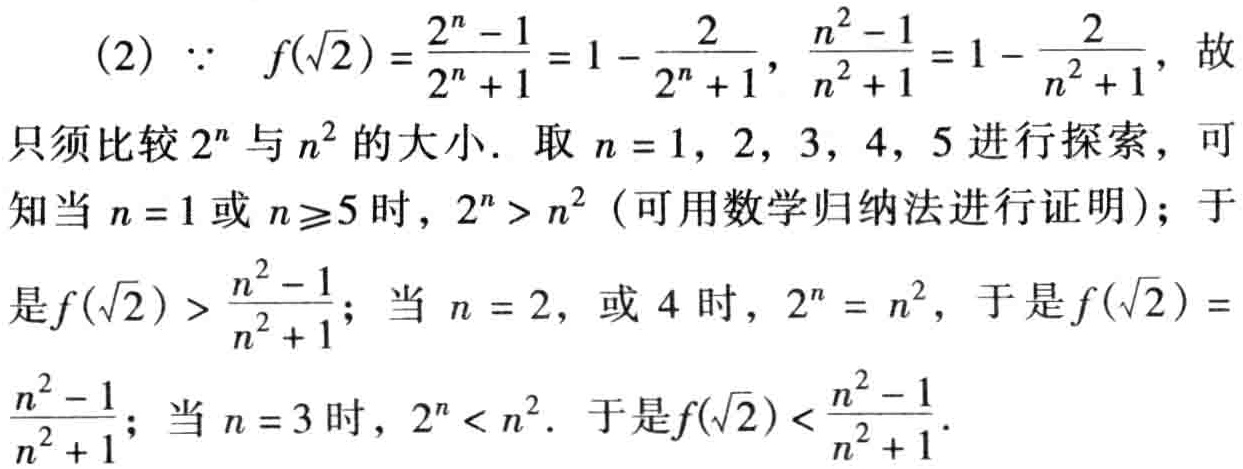
(2) \(\because f(\sqrt{2})=\frac{2^{n}-1}{2^{n}+1}=1 - \frac{2}{2^{n}+1}\), \(\frac{n^{2}-1}{n^{2}+1}=1 - \frac{2}{n^{2}+1}\), 故
只须比较 \(2^{n}\) 与 \(n^{2}\) 的大小. 取 \(n = 1,2,3,4,5\) 进行探索，可
知当 \(n = 1\) 或 \(n\geq5\) 时，\(2^{n}>n^{2}\)（可用数学归纳法进行证明）；于
是 \(f(\sqrt{2})>\frac{n^{2}-1}{n^{2}+1}\)；当 \(n = 2\), 或 \(4\) 时，\(2^{n}=n^{2}\), 于是 \(f(\sqrt{2})=\)
\(\frac{n^{2}-1}{n^{2}+1}\)；当 \(n = 3\) 时，\(2^{n}<n^{2}\). 于是 \(f(\sqrt{2})<\frac{n^{2}-1}{n^{2}+1}\).